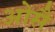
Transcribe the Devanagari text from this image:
ओसै